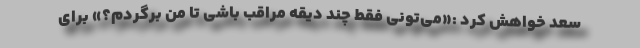
سعد خواهش کرد :«می‌تونی فقط چند دیقه مراقب باشی تا من برگردم؟» برای